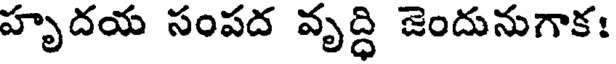
హృదయ సంపద వృద్ధి జెందునుగాక: